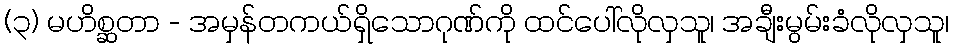
(၃) မဟိစ္ဆတာ - အမှန်တကယ်ရှိသောဂုဏ်ကို ထင်ပေါ်လိုလှသူ၊ အချီးမွမ်းခံလိုလှသူ၊